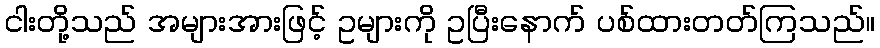
ငါးတို့သည် အများအားဖြင့် ဥများကို ဥပြီးနောက် ပစ်ထားတတ်ကြသည်။